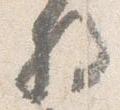
将